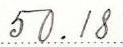
50.18